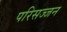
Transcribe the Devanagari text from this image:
परिसज्जन